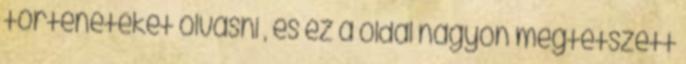
történeteket olvasni , és ez a oldal nagyon megtetszett